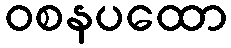
ဝစနပထော